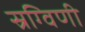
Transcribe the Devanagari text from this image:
स्रग्विणी